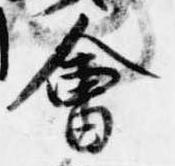
会